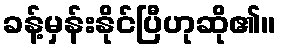
ခန့်မှန်းနိုင်ပြီဟုဆို၏။